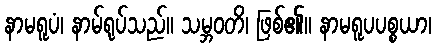
နာမရူပံ၊ နာမ်ရုပ်သည်။ သမ္ဘဝတိ၊ ဖြစ်၏။ နာမရူပပစ္စယာ၊